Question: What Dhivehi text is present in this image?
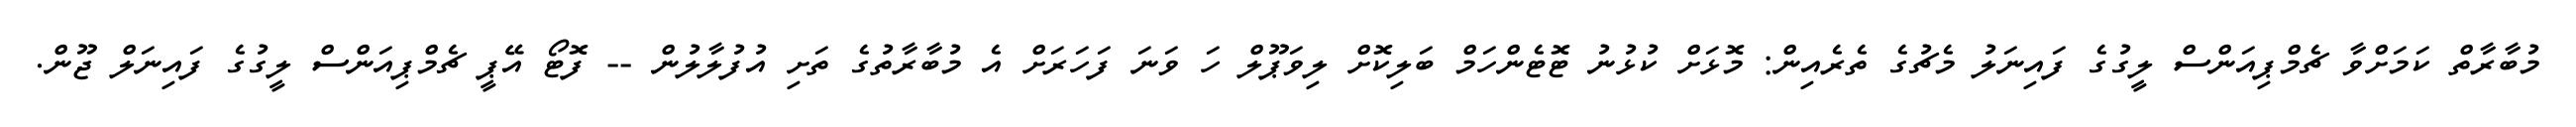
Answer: މުބާރާތް ކަމަށްވާ ޗެމްޕިއަންސް ލީގުގެ ފައިނަލު މެޗުގެ ތެރެއިން: މޮޅަށް ކުޅުނު ޓޮޓެންހަމް ބަލިކޮށް ލިވަޕޫލް ހަ ވަނަ ފަހަރަށް އެ މުބާރާތުގެ ތަށި އުފުލާލުން -- ފޮޓޯ އޭޕީ ޗެމްޕިއަންސް ލީގުގެ ފައިނަލް ޖޫން.